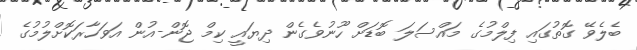
ބެލެވޭ ގޮތުގައި ފިލްމުގެ މައްސަލަ ބޮޑަށް ހޫނުވެގެން ދިޔައީ ކިމް ޖޮން-އުން އަވަހާރަކޮށްލުމުގެ